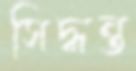
সিদ্ধন্ত